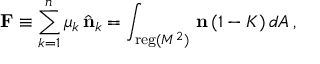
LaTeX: { \bf F } \equiv \sum _ { k = 1 } ^ { n } \mu _ { k } \, \hat { { \bf n } } _ { k } = \int _ { { \mathrm { \small { r e g } } } ( M ^ { 2 } ) } \, { \bf n } \, ( 1 - K ) \, d A \, ,